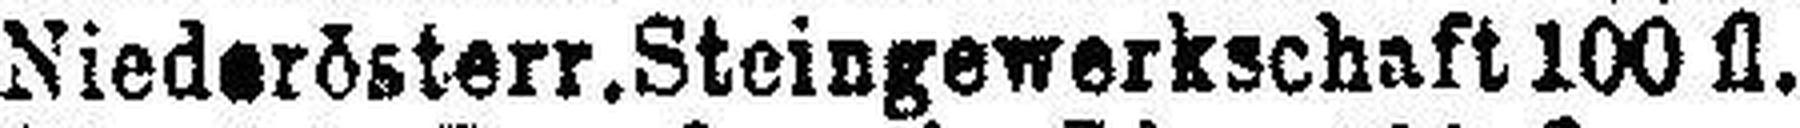
Niederösterr. Steingewerkschaft 100 fl.